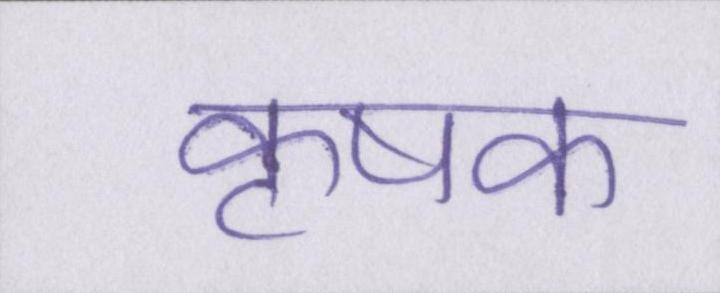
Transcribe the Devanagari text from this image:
कृषक